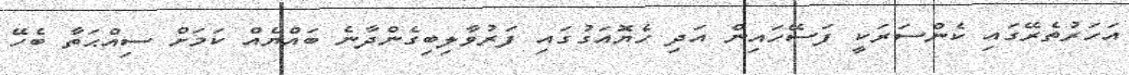
އަހަރުތެރޭގައި ކެންސަރަކީ ފަސޭހައިން އަދި ހެޔޮއަގުގައި ފަރުވާލިބިގެންދާނެ ބައްޔެއް ކަމަށް ސިއްޙަތާ ބެހޭ